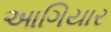
આગિયાર